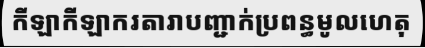
កីឡាកីឡាករតារាបញ្ជាក់ប្រពន្ធមូលហេតុ